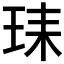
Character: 𰡺